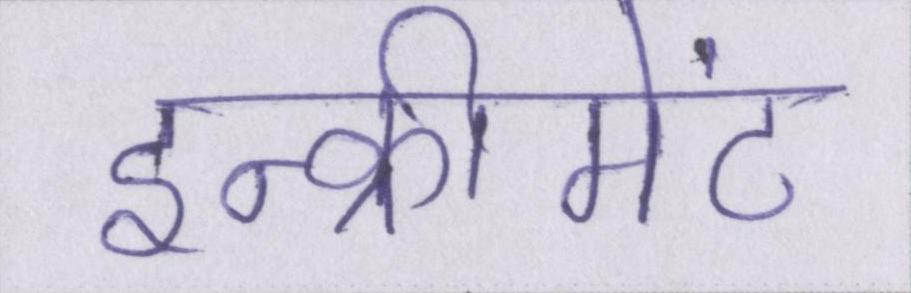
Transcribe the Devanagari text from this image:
इन्क्रीमेंट